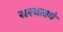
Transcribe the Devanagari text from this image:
सरबताचे